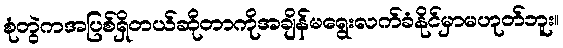
စုံတွဲကအပြစ်ရှိတယ်ဆိုတာကိုအချိန်မရွေးလက်ခံနိုင်မှာမဟုတ်ဘူး။